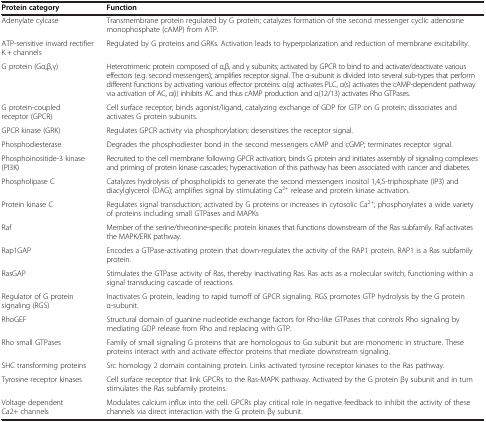
<table><thead><tr><td><b>Protein category</b></td><td><b>Function</b></td></tr></thead><tbody><tr><td>Adenylate cylcase</td><td>Transmembrane protein regulated by G protein; catalyzes formation of the second messenger cyclic adenosine monophosphate (cAMP) from ATP.</td></tr><tr><td>ATP-sensitive inward rectifier K + channels</td><td>Regulated by G proteins and GRKs. Activation leads to hyperpolarization and reduction of membrane excitability.</td></tr><tr><td>G protein (Gα,β,γ)</td><td>Heterotrimeric protein composed of α,β, and γ subunits; activated by GPCR to bind to and activate/deactivate various effectors (e.g. second messengers); amplifies receptor signal. The α-subunit is divided into several sub-types that perform different functions by activating various effector proteins: α(q) activates PLC, α(s) activates the cAMP-dependent pathway via activation of AC, α(i) inhibits AC and thus cAMP production and α(12/13) activates Rho GTPases.</td></tr><tr><td>G protein-coupled receptor (GPCR)</td><td>Cell surface receptor; binds agonist/ligand, catalyzing exchange of GDP for GTP on G protein; dissociates and activates G protein subunits.</td></tr><tr><td>GPCR kinase (GRK)</td><td>Regulates GPCR activity via phosphorylation; desensitizes the receptor signal.</td></tr><tr><td>Phosphodiesterase</td><td>Degrades the phosphodiester bond in the second messengers cAMP and cGMP; terminates receptor signal.</td></tr><tr><td>Phosphoinositide-3 kinase (PI3K)</td><td>Recruited to the cell membrane following GPCR activation; binds G protein and initiates assembly of signaling complexes and priming of protein kinase cascades; hyperactivation of this pathway has been associated with cancer and diabetes.</td></tr><tr><td>Phospholipase C</td><td>Catalyzes hydrolysis of phospholipids to generate the second messengers inositol 1,4,5-triphosphate (IP3) and diacylglycerol (DAG); amplifies signal by stimulating Ca<sup>2+</sup> release and protein kinase activation.</td></tr><tr><td>Protein kinase C</td><td>Regulates signal transduction; activated by G proteins or increases in cytosolic Ca<sup>2+</sup>; phosphorylates a wide variety of proteins including small GTPases and MAPKs</td></tr><tr><td>Raf</td><td>Member of the serine/threonine-specific protein kinases that functions downstream of the Ras subfamily. Raf activates the MAPK/ERK pathway.</td></tr><tr><td>Rap1GAP</td><td>Encodes a GTPase-activating protein that down-regulates the activity of the RAP1 protein. RAP1 is a Ras subfamily protein.</td></tr><tr><td>RasGAP</td><td>Stimulates the GTPase activity of Ras, thereby inactivating Ras. Ras acts as a molecular switch, functioning within a signal transducing cascade of reactions.</td></tr><tr><td>Regulator of G protein signaling (RGS)</td><td>Inactivates G protein, leading to rapid turnoff of GPCR signaling. RGS promotes GTP hydrolysis by the G protein α-subunit.</td></tr><tr><td>RhoGEF</td><td>Structural domain of guanine nucleotide exchange factors for Rho-like GTPases that controls Rho signaling by mediating GDP release from Rho and replacing with GTP.</td></tr><tr><td>Rho small GTPases</td><td>Family of small signaling G proteins that are homologous to Gα subunit but are monomeric in structure. These proteins interact with and activate effector proteins that mediate downstream signaling.</td></tr><tr><td>SHC transforming proteins</td><td>Src homology 2 domain containing protein. Links activated tyrosine receptor kinases to the Ras pathway.</td></tr><tr><td>Tyrosine receptor kinases</td><td>Cell surface receptor that link GPCRs to the Ras-MAPK pathway. Activated by the G protein βγ subunit and in turn stimulates the Ras subfamily proteins.</td></tr><tr><td>Voltage dependent Ca2+ channels</td><td>Modulates calcium influx into the cell. GPCRs play critical role in negative feedback to inhibit the activity of these channels via direct interaction with the G protein βγ subunit.</td></tr></tbody></table>